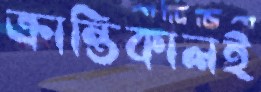
ক্রান্তিকালই